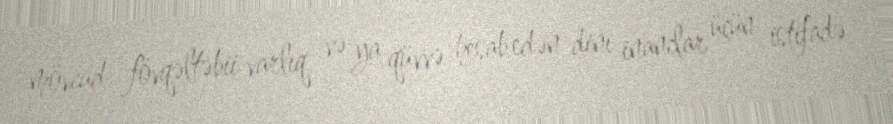
mövcud fövqəltəbii varlıq və ya qüvvə hesab edən dini inanclar üçün istifadə